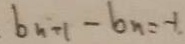
b _ { n + 1 } - b _ { n } = - 1